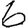
Digit: 6